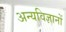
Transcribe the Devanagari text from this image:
अन्यविज्ञानों